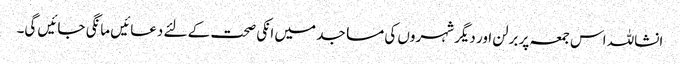
انشاللہ اس جمعہ پر برلن اور دیگر شہروں کی مساجد میں انکی صحت کے لئے دعائیں مانگی جائیں گی۔